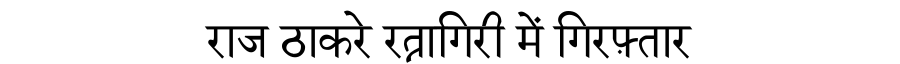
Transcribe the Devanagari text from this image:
राज ठाकरे रत्नागिरी में गिरफ़्तार